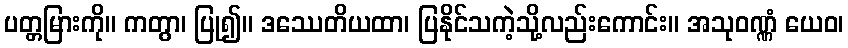
ပတ္တမြားကို။ ကတွာ၊ ပြု၍။ ဒဿေတိယထာ၊ ပြနိုင်သကဲ့သို့လည်းကောင်း။ အသုဝဏ္ဏံ ယေဝ၊